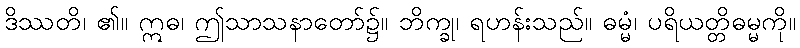
ဒိဿတိ၊ ၏။ ဣဓ၊ ဤသာသနာတော်၌။ ဘိက္ခု၊ ရဟန်းသည်။ ဓမ္မံ၊ ပရိယတ္တိဓမ္မကို။